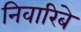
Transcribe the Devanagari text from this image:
निवारिबे